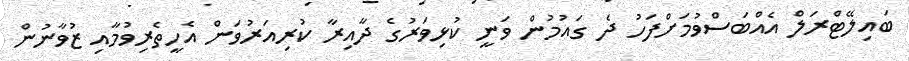
ބައިލޭޓްރަލް އެއްބަސްވުމަށްފަހު ދެ ގައުމުން ވަނީ ކުޅިވަރުގެ ދާއިރާ ކުރިއަރުވަން އެހީތެރިވުމާއި ޒުވާނުން